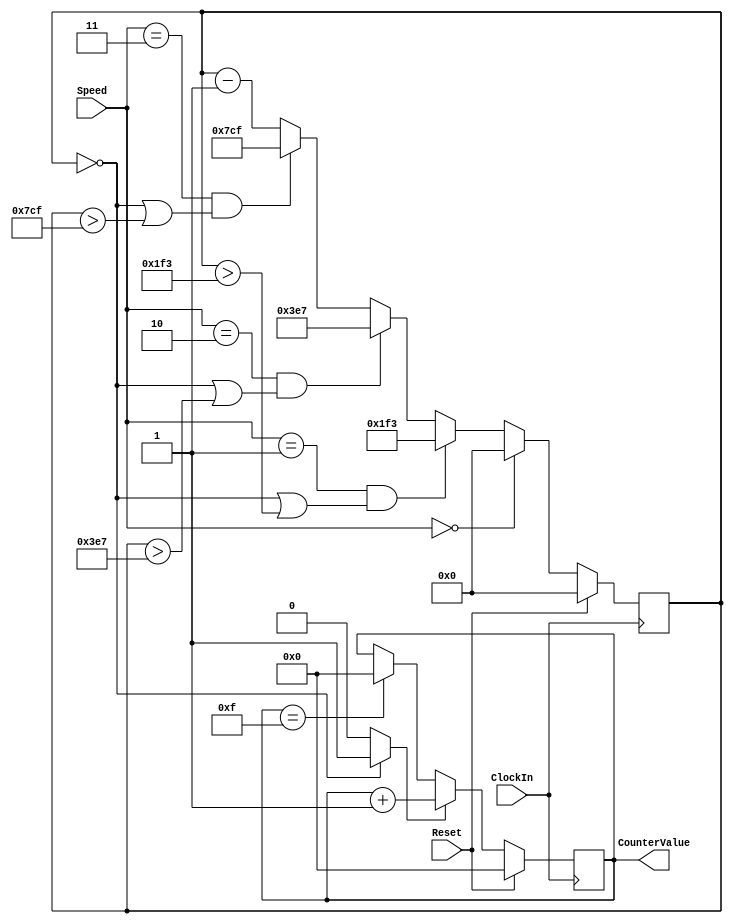
module part2(ClockIn, Reset, Speed, CounterValue);
    input ClockIn, Reset;
    input [1:0] Speed;
    output reg [3:0] CounterValue;
    
    wire coop;

    reg [11:0] RateDivider;
    reg [11:0] pp;

    assign coop = (RateDivider == 0)?1:0; 
    
    
    always @(posedge ClockIn) begin
        RateDivider <= RateDivider - 1;


        if(Speed[1:0] == 2'b00)
            RateDivider <= 0;


        else if((Speed[1:0] == 2'b01) & ((RateDivider == 0) | (RateDivider > 499)))
            RateDivider <=499;


        else if((Speed[1:0] == 2'b10) & ((RateDivider == 0) | (RateDivider > 999)))
            RateDivider <=999;


        else if((Speed[1:0] == 2'b11) & ((RateDivider == 0) | (RateDivider > 1999)))
            RateDivider <= 1999;


        if (Reset == 1'b1) begin
            CounterValue <= 0; 
		RateDivider <= 0;
	end

        else if (coop == 1'b1) 
            CounterValue <= CounterValue + 1;

        else if (CounterValue == 4'b1111)
            CounterValue <= 0;


    end
endmodule